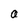
Character: a